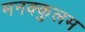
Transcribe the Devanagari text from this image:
मनक्कुलम